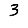
Digit: 3